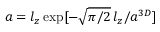
a = l _ { z } \exp [ - \sqrt { \pi / 2 } \, l _ { z } / a ^ { 3 D } ]